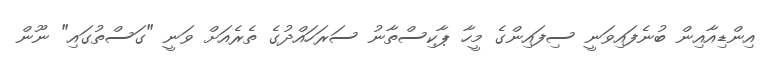
އިންޑިއާއިން ބުނެފައިވަނީ ސިފައިންގެ މީހާ ޕާކިސްތާނު ސަރަހައްދުގެ ތެރެއަށް ވަނީ "ގަސްތުގައި" ނޫން